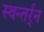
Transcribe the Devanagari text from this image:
स्थन्तर्र्न